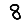
Digit: 8